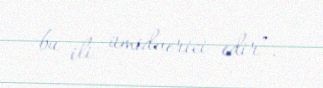
bu ili ümidverici edir”.